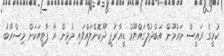
ކުރީގެ ރައީސް މައުމޫން އަބްދުލްގައްޔޫމް ޑީއާރުޕީ ދޫކޮށްލައްވައި މުޅިން އާ ޕާޓީއަކަށް މިސްރާބު